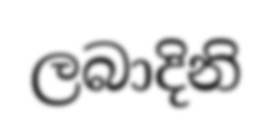
ලබාදිනි